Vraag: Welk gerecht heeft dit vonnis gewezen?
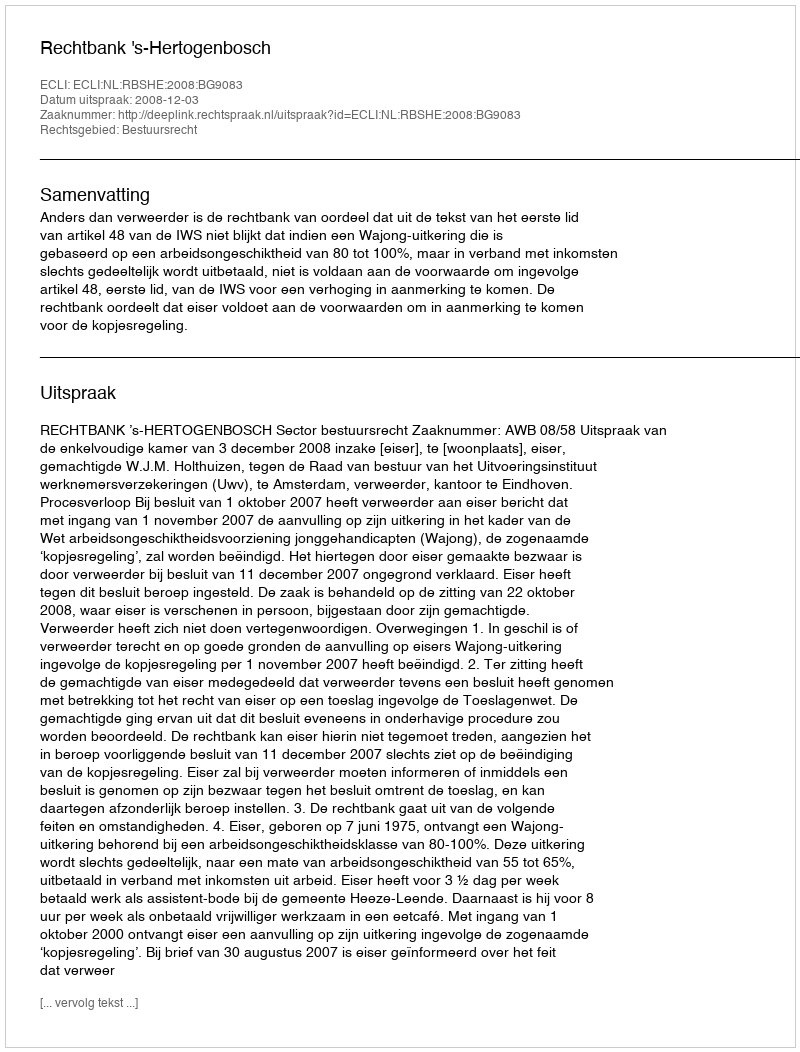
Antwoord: Rechtbank 's-Hertogenbosch